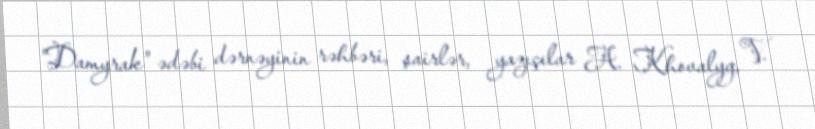
"Damyrak" ədəbi dərnəyinin rəhbəri, şairlər, yazıçılar A. Khovalyg, V.